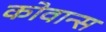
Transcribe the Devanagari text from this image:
कोवान्स